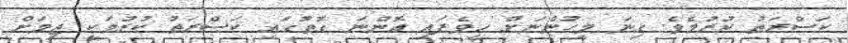
ކަސްރަތު ކުރުމެވެ. ގިނަ މީހުންނަށް ހީވެފައި އޮންނަ ގޮތުގައި ކަސްރަތު ކުރުމަކީ ޖިމަށް